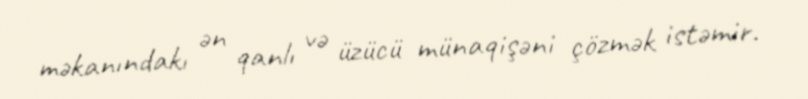
məkanındakı ən qanlı və üzücü münaqişəni çözmək istəmir.